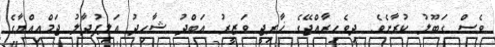
ވެސް ގަބޫލު ކުރާށެވެ. ދިވެހިރާއްޖޭގެ ޚާރިޖީ ވަޒީރު ޢަބްދު ޝާހިދު އަލިފުދާލު ޖަމްޢިއްޔާގެ